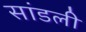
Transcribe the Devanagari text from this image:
सांडली